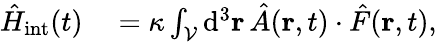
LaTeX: \begin{array}{rl}{\hat{H}_{\mathrm{int}}(t)}&{{}=\kappa\int_{\cal V}\mathrm{d}^{3}{\mathbf r}\, \hat{A}({\mathbf r},t)\cdot\hat{F}({\mathbf r},t),}\end{array}